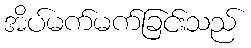
အိပ်မက်မက်ခြင်းသည်